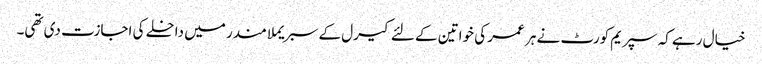
خیال رہے کہ سپریم کورٹ نے ہر عمر کی خواتین کے لئے کیرل کے سبریملا مندر میں داخلے کی اجازت دی تھی۔